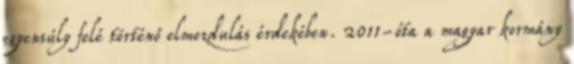
egyensúly felé történő elmozdulás érdekében. 2011-óta a magyar kormány